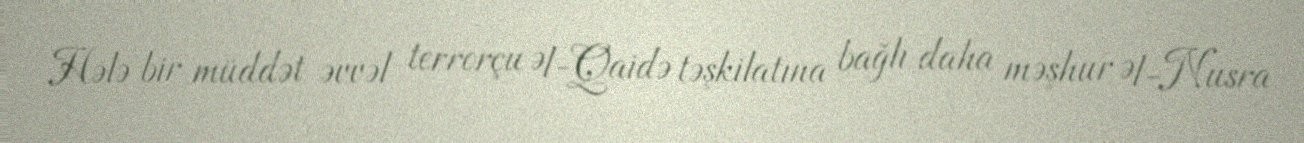
Hələ bir müddət əvvəl terrorçu Əl-Qaidə təşkilatına bağlı daha məşhur Əl-Nusra